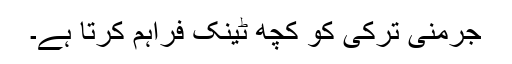
جرمنی ترکی کو کچھ ٹینک فراہم کرتا ہے۔